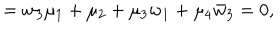
= w _ { 3 } \mu _ { 1 } + \mu _ { 2 } + \mu _ { 3 } w _ { 1 } + \mu _ { 4 } \bar { w } _ { 3 } = 0 ,